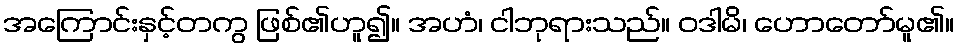
အကြောင်းနှင့်တကွ ဖြစ်၏ဟူ၍။ အဟံ၊ ငါဘုရားသည်။ ဝဒါမိ၊ ဟောတော်မူ၏။